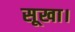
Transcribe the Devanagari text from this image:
सूखा।